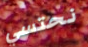
نحتسي